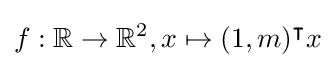
f:\mathbb {R} \rightarrow \mathbb {R} ^{2},x\mapsto (1,m)^{\intercal }x